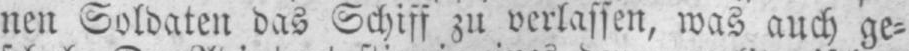
nen Soldaten das Schiff zu verlassen, was auch ge⸗